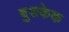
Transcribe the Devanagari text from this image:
बुशकेक